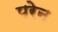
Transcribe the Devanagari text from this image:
परेन